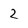
Character: 2